King Institute of Preventive Medicine Micro-Biological Section reports 1909-11
Year: 1909
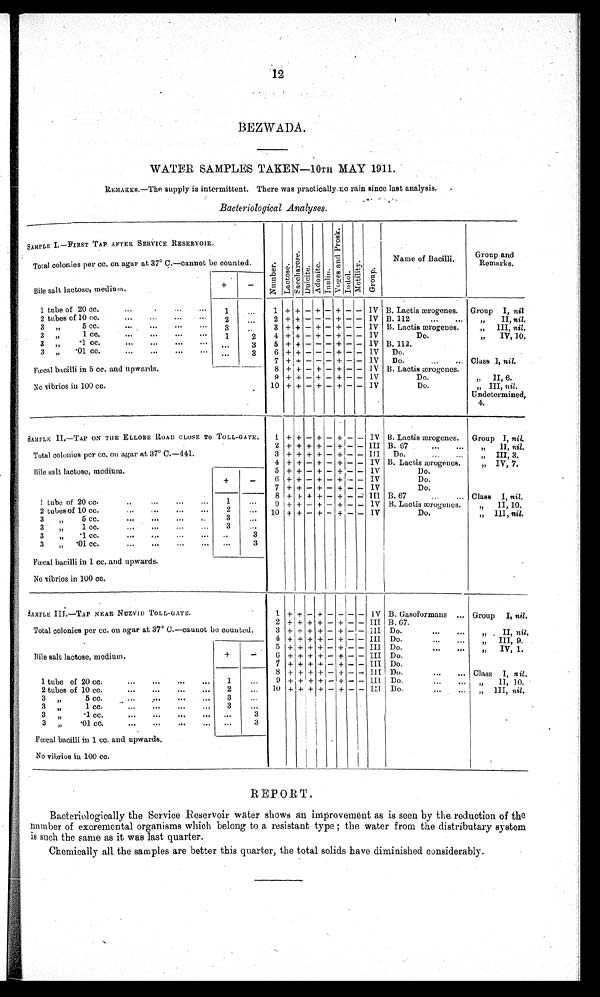
WATER SAMPLES TAKEN—10TH MAY 1911.
REMARKS. —The supply is intermittent. There was practically no rain since last analysis.
Bacteriological Analyses.
SAMPLE I.—FIRST TAP AFTER SERVICE RESERVOIR.
Numbe r .
La c t o s e . S a c c h a r o s e . Dul ci t e.
Adoni t e . I nul i n. V o g e s a n d P r o s k . Indol . Mot i l i t y. Gr oup.
Name of Bacilli.
Group and
Remar
ks.
Total colonies per cc. on agar at 37° C.—cannot be counted.
Bile salt lactose, medium.
+
-
1 tube of 20 cc.
...
... ... ...
1
...
1 + + - + - + - - IV B. Lactis ærogenes. Group I, nil
2 tubes of 10 cc.
...
...
...
2
. . . 2 + + - - - + - - IV B. 112
...
„ II, ni l .
3 „ 5 cc.
...
... ...
...
3
. . . 3 + + - + - + - - IV B. Lactis ærogenes.
„ III,n i l .
3 „ 1 cc.
...
...
...
...
1
2
4 + + - + - + - - IV
D o .
„
IV, 10.
3 „ .1 cc.
...
....
...
. . .
3
5 +
+
- - - + - -
I V B. 112.
3 „ .01 cc.
...
...
. . .
3
6 +
+
- - - + - - IV Do.
7 +
+
- - - + - - IV Do. . . .
. . . Class I, nil.
Fœcal bacilli in 5 cc. and upwards.
8 + + - + - + - - IV B. Lactis ærogenes.
9 + + - + - + - - IV
Do.
„ II, 6.
No vibrios in 100 cc.
10 + + - + - + - - IV
Do.
„ IIIn i l
. Un d e t e r mi n e d ,
4.
SAMPLE II. —TAP ON THE ELLORE ROAD CLOSE TO TOLL-GATE.
1 + + - + -
+ -
-
IV B. Laotis ærogenes. Group I, nil.
2 + + + + - + - - III B. 67
. . .
„ I I ,
n i l .
Total colonies per cc. on agar at 37° C.—441.
3 + + + + - + - - III
Do.
...
...
„ III, 3.
4 + + - + - + - - IV B. Lactis ærogenes.
„ I V , 7 .
Bile salt lactose, medium.
+
-
5 + + - + - + - - IV
Do.
6 + + - + - + - - IV
Do.
7 + + - + - + - - IV
Do.
1 tube of 20 cc. . . .
. . .
. . .
. . .
1
. . . 8 + + + + - + - -
I I I B. 67
...
... Class I, nil.
9 + + - + - + - - IV B. Lactis ærogenes.
„ II, 10.
2 tubes of 10 cc.
...
...
. . .
2
. . .
10 + + - + - + - - IV
Do.
„ III, nil.
3 „ 5 cc.
3
...
3 „ 1 cc.
... ...
...
. . .
3
...
3 „ .1 cc.
...
...
. . .
. . .
3
3 „ .01 cc.
...
... . . .
. . .
. . .
3
Fœcal bacilli in 1 cc. and upwards.
No vibrios in 100 cc.
SAMPLE III .—TAP NEAR NUZVID TOLL-GATE.
1
+ + -
+ - - - - IV B. Gasoformans ... Group I, nil.
2
+ + + + - + - - III B. 67.
Total colonies per cc. on agar at 37° C. —cannot be counted.
3 + + + + - + - - III Do.
...
...
„ II, n i l
.
4
+ + + + - + - - III
Do.
...
...
„ I I I , 9 .
Bile salt lactose, medium.
+
-
5 + + + + - + - - III Do.
...
...
„ IV, 1.
6 + + + + - + - - III Do.
7 + + + + - + - - III Do.
1 tube of 20 cc.
... ....
...
....
1
...
8 + + + + - + - -
I I I Do.
...
... Class I, nil .
9 + + + + - + - -
I I I
Do.
...
...
„ II, 10.
2 tubes of 10 cc.
2
...
10 + + + + - + - -
I I I Do.
...
... „ III, nil.
3 „ 5 cc.
3
. . .
3 „ 1 cc.
... ....
...
...
3
...
3 „ .1 cc.
...
...
....
. . .
3
3 „ .01 cc.
...
...
...
. . .
3
Fœcal bacilli in 1 cc. and upwards.
No vibrios in 100 cc.
REPORT.
Bacteriologically the Service Reservoir water shows an improvement as is seen by the reduction of the
number of excremental organisms which belong to a resistant type; the water from the distributary system
is such the same as it was last quarter.
Chemically all the samples are better this quarter, the total solids have diminished considerably.